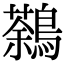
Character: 鷋